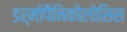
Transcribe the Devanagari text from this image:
डर्मोपैनिकोलोसिस